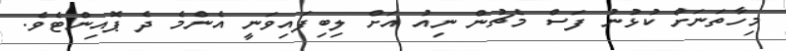
މިހާތަނަށް ކުޅުނު ފަސް މެޗުން ނިއު އަށް ލިބިފައިވަނީ އެންމެ ދެ ޕޮއިންޓެވެ.